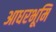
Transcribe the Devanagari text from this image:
आधरभूमि